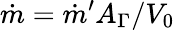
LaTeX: \dot{m}=\dot{m}^{\prime}A_{\Gamma}/V_{0}